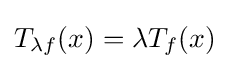
T_{\lambda f}(x)=\lambda T_{f}(x)